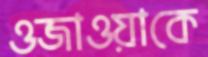
ওজাওয়াকে